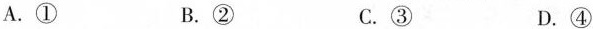
A.① B.② C.③ D.④